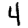
Digit: 4